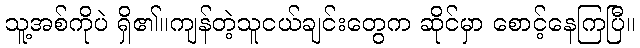
သူ့အစ်ကိုပဲ ရှိ၏။ကျန်တဲ့သူငယ်ချင်းတွေက ဆိုင်မှာ စောင့်နေကြပြီ။